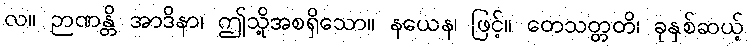
လ။ ဉာဏန္တိ အာဒိနာ၊ ဤသို့အစရှိသော။ နယေန၊ ဖြင့်။ တေသတ္တတိ၊ ခုနှစ်ဆယ့်